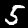
Digit: 5